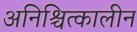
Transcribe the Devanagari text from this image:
अनिश्चित्कालीन